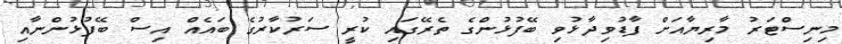
މިނިސްޓަރު މާރިޔާއަށް ފާޑުވިދާޅުވި ބޭފުޅުންގެ ތެރޭގައި ކުރީ ސަރުކާރުގެ ބައެެއް އިސް ބޭފުޅުންނާއި